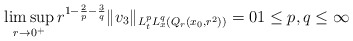
\begin{align*} \limsup_{r \to 0^+} r^{1-\frac{2}{p}-\frac{3}{q}} \|v_3\|_{L^p_tL^q_x(Q_r(x_0,r^2))} = 0 1 \leq p,q \leq \infty\end{align*}